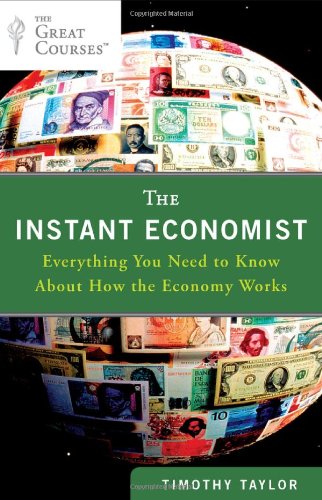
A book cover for The Instant Economist: Everything You Need to Know About How the Economy Works; Timothy Taylor; Business & Money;